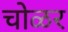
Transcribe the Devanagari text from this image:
चोळर